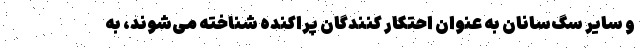
و سایر سگ‌سانان به عنوان احتکار کنندگان پراکنده شناخته می‌شوند، به